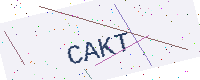
Text: CAKT